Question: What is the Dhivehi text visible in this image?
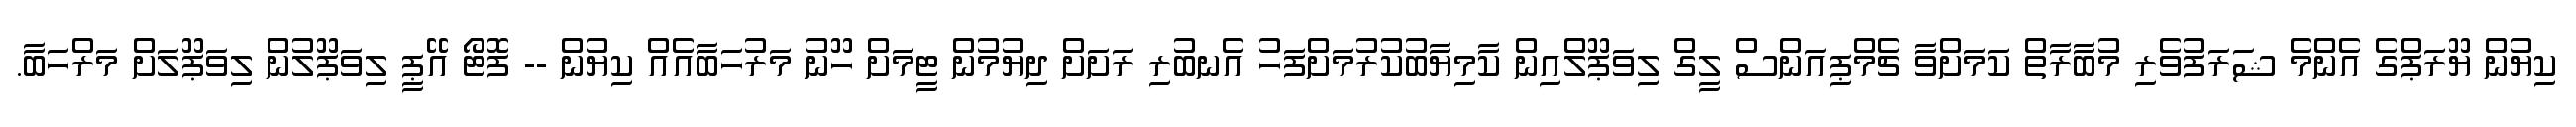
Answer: ކިޔުން ޔޫރަޕްގެ އެންމެ ޝަރަފުވެރި މުބާރާތް ކަމަށްވާ ޗެމްޕިއަންސް ލީގް ލިވަޕޫލްއިން ކާމިޔާބުކުރުމަށްފަހު އެނބުރި ރަށަށް ދިޔުމުން ޓީމަށް ހޫނު މަރުހަބާއެއް ކިޔުން -- ފޮޓޯ އޭޕީ ލިވަޕޫލުން ލިވަޕޫލަށް މަރްހަބާ.